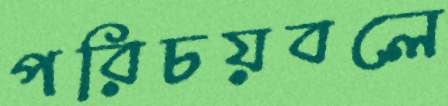
পরিচয়বলে